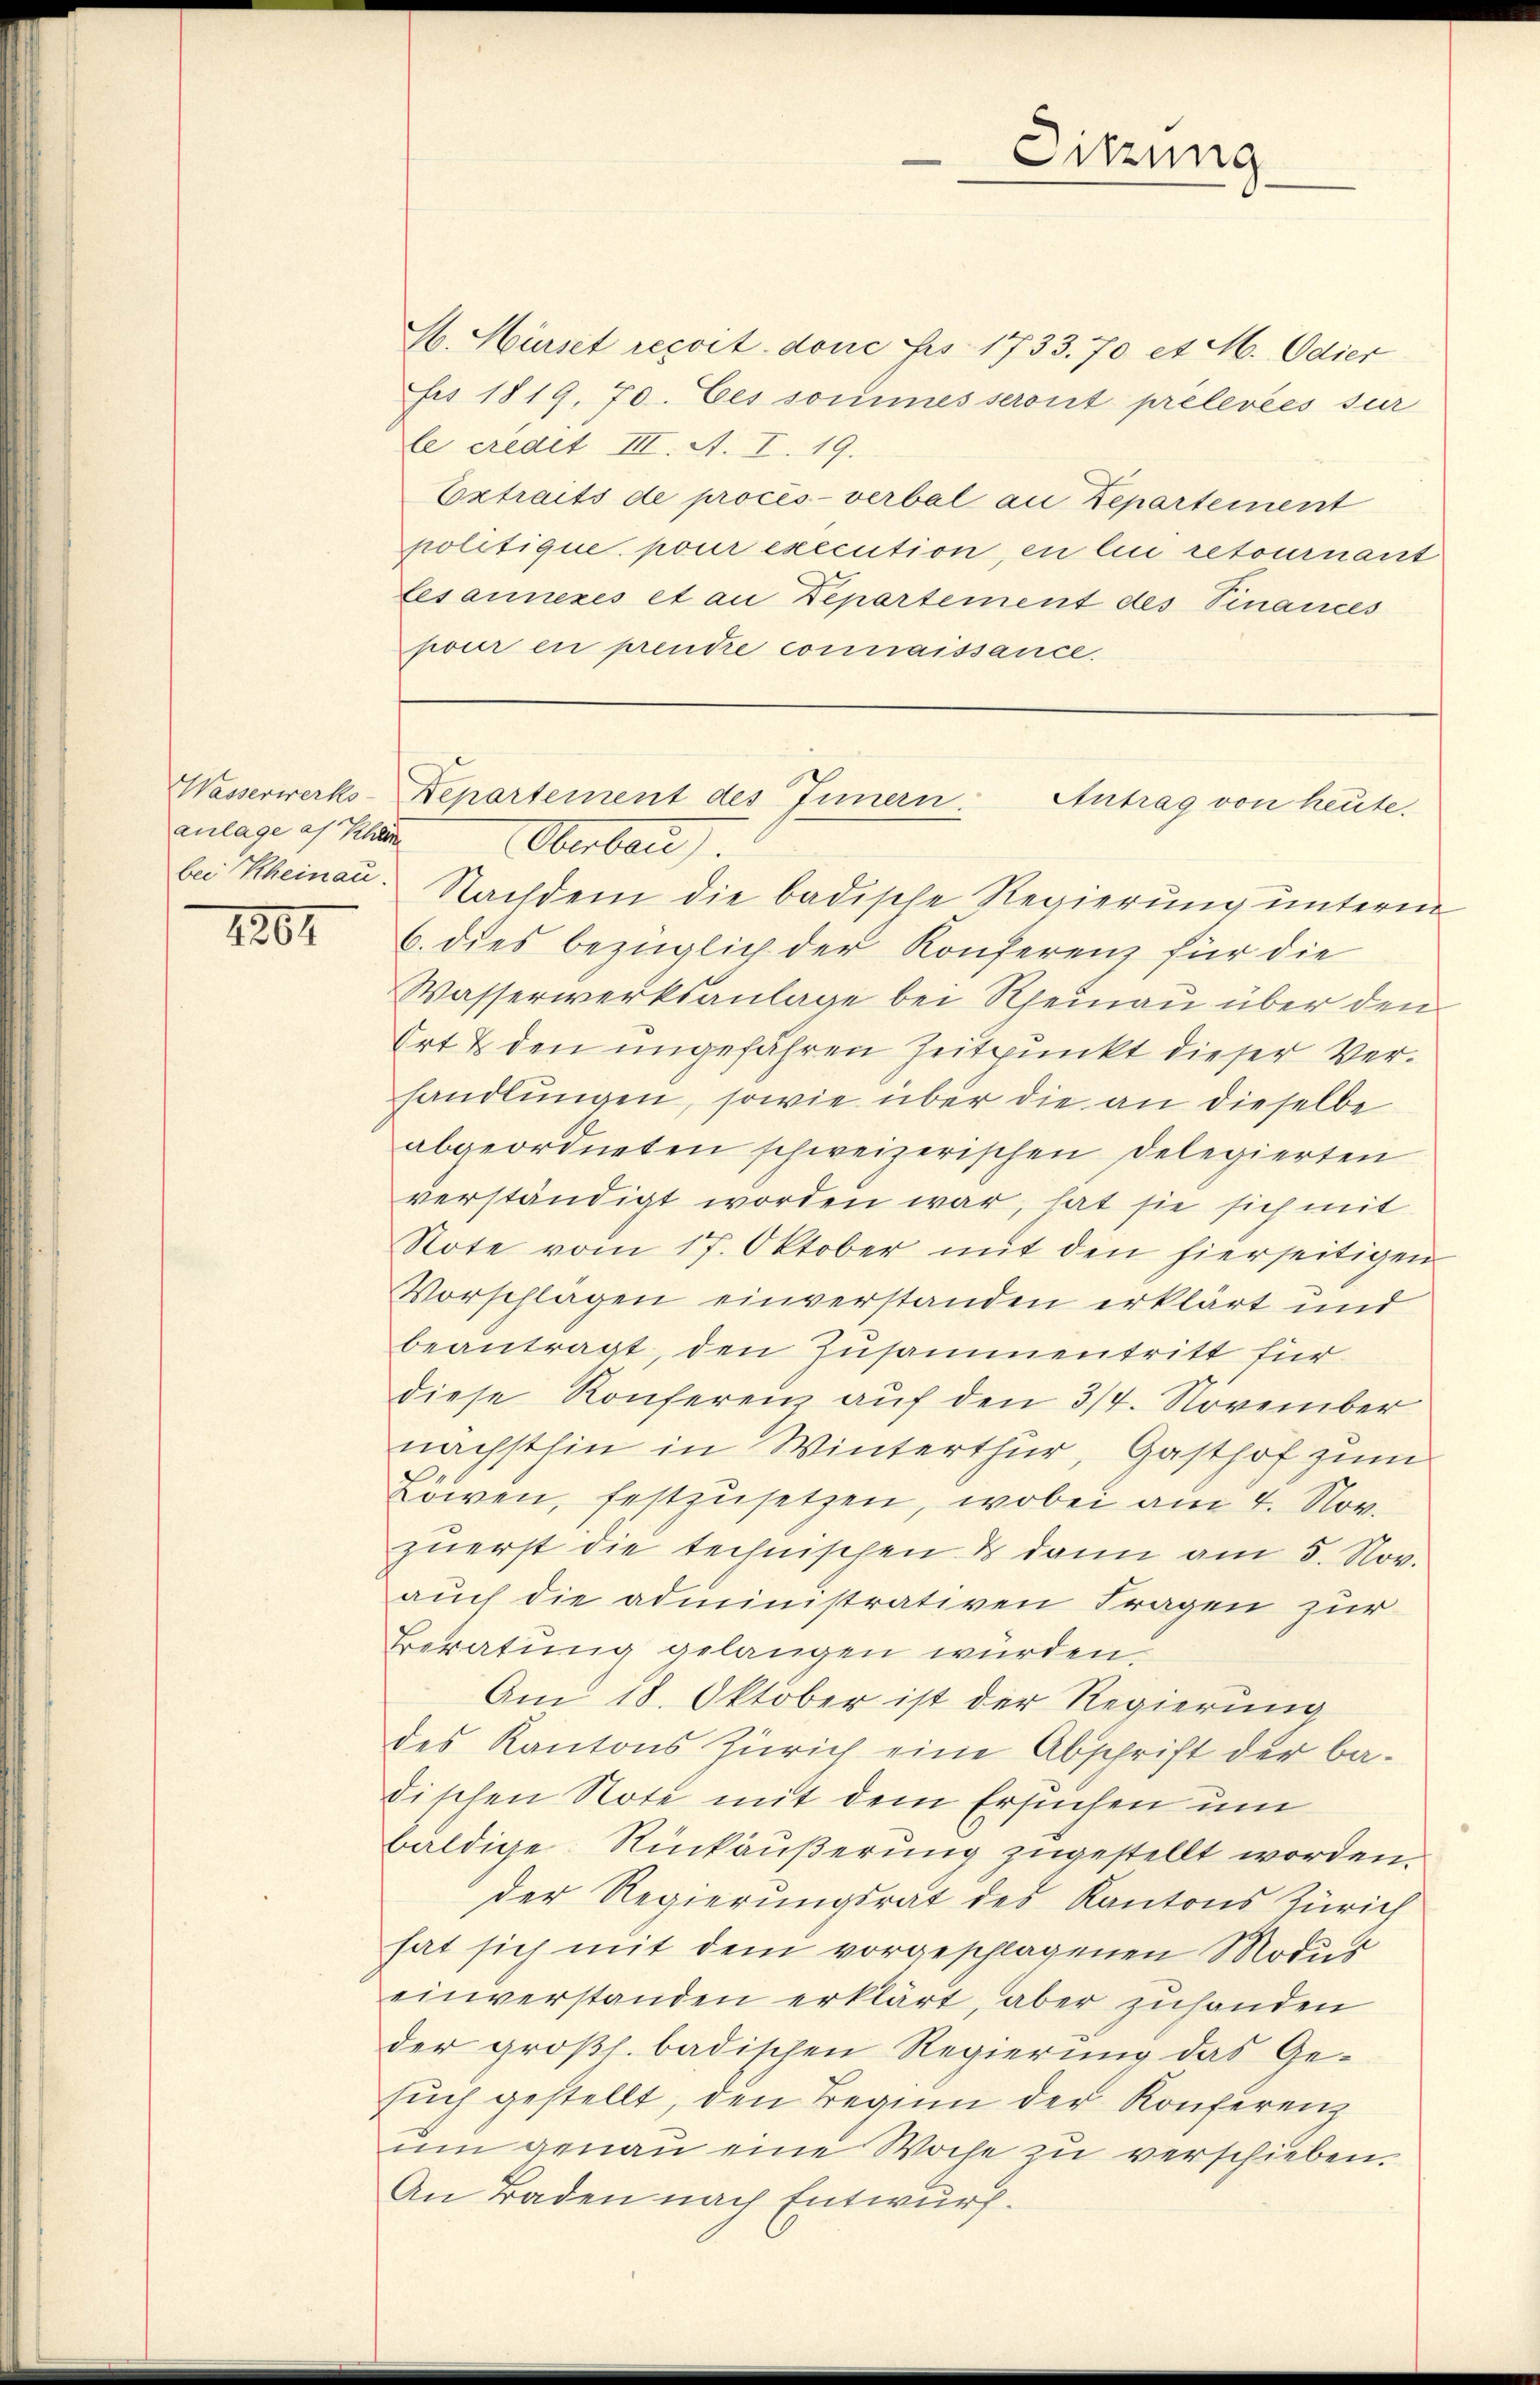
anlage af Khän

1201

H. Hürst recoit. done bis 1733. 70 et M. Odier
Frs 1819, 70. Ces sommesseront prélevées sur
le eredet III. A. I. 19.
Extraits de procès-verbal an Departement
politique, pour execution, en lici retournant
Lesanneres et an Departement des Finances
pour en prendre connaissance.

Sitzung

Wasserwerks-Departement des Innern.
Antrag von heute.

Oberbau
bei Rheinau. Nachdem die badische Regierung unterm
6. dies bezüglich der Konferenz für die
Wasserwerksanlage bei Rheinau über den
Ort & den ungefähren Zeitpunkt dieser Verhandlungen, sowie über die an dieselbe
abgeordneten schweizerischen Delegierten
verständigt worden war, hat sie sich mit
Note vom 17. Oktober mit den hierseitigen
Vorschlägen einverstanden erklärt und
beantragt, den Zusammentritt für
diese Konferenz auf den 3/4. November
nächsthin in Winterthur, Gasthof zum
Lowen, festzusetzen, wobei am 4. Nov.
zuerst die technischen & dann am 5. Nov.
auch die administrativen Fragen zur
Beratung gelangen würden.
Am 18. Oktober ist der Regierung
des Kantons Zürich eine Abschrift der ba-
dischen Note mit dem Ersuchen um
baldige Rückäußerung zugestellt worden.
der Regierungsrat des Kantons Zürich
hat sich mit dem vorgeschlagenen Modus
einverstanden erklärt, aber zuhanden
der großh. badischen Regierung das Ge-
such gestellt, den Beginn der Konferenz
um genau eine Woche zu verschieben.
An Baden nach Entwurf.